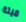
ميتة